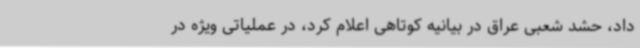
داد، حشد شعبی عراق در بیانیه کوتاهی اعلام کرد، در عملیاتی ویژه در